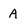
Character: A